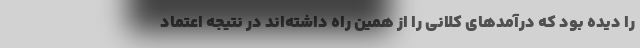
را دیده بود که درآمدهای کلانی را از همین راه داشته‌اند در نتیجه اعتماد